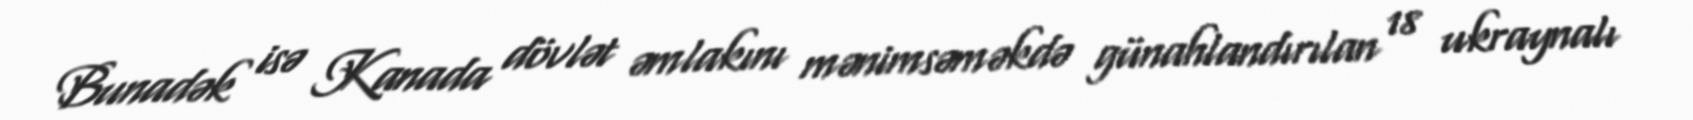
Bunadək isə Kanada dövlət əmlakını mənimsəməkdə günahlandırılan 18 ukraynalı